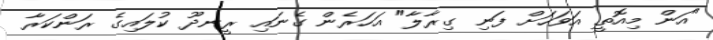
"އަން މިއޮތީ އަވަހަށް ފަނި ގިރާލާ" އަހަރެން ގެނައި ރީނދޫ ކުލައިގެ ރަންކަރާ